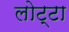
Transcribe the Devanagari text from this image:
लोट्टा